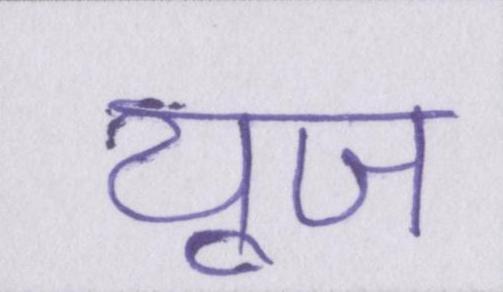
यूज